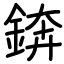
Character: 錛